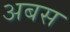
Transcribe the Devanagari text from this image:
अबस